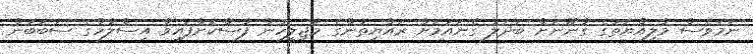
ނަމަވެސް މާލިއްޔަތުގެ ގާނޫނަށް ބަދަލު ގެނައުމަށް ރައްޔިތުންގެ މަޖިލީހުން ފާސްކޮށްފައިވާ އިސްލާހްގެ ސަބަބުން